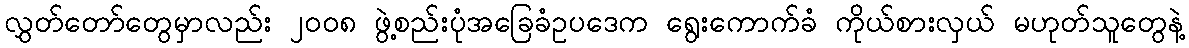
လွှတ်တော်တွေမှာလည်း ၂၀၀၈ ဖွဲ့စည်းပုံအခြေခံဥပဒေက ရွေးကောက်ခံ ကိုယ်စားလှယ် မဟုတ်သူတွေနဲ့